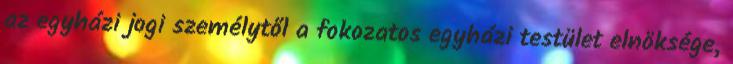
az egyházi jogi személytől a fokozatos egyházi testület elnöksége,